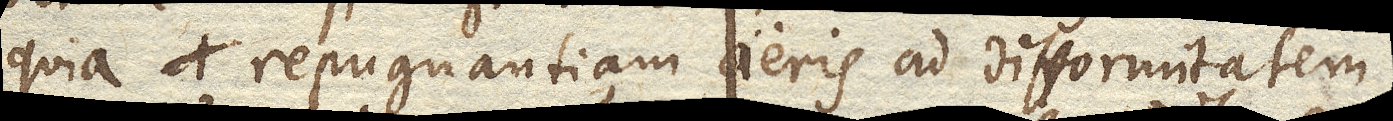
quia repugnantiam aeris ad difformitatem;